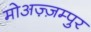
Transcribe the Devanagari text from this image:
मोअज़्ज़म्पुर